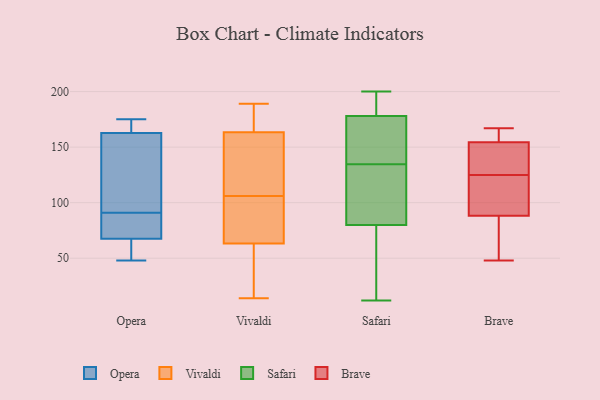
{"axis": {"x": "Operating Costs (USD K)", "y": "Value"}, "legend": ["Brave", "Opera", "Safari", "Vivaldi"], "data": [{"x": "", "y": 91, "type": "Opera"}, {"x": "", "y": 86, "type": "Opera"}, {"x": "", "y": 116, "type": "Opera"}, {"x": "", "y": 65, "type": "Opera"}, {"x": "", "y": 75, "type": "Opera"}, {"x": "", "y": 153, "type": "Opera"}, {"x": "", "y": 166, "type": "Opera"}, {"x": "", "y": 175, "type": "Opera"}, {"x": "", "y": 53, "type": "Opera"}, {"x": "", "y": 174, "type": "Opera"}, {"x": "", "y": 48, "type": "Opera"}, {"x": "", "y": 57, "type": "Vivaldi"}, {"x": "", "y": 81, "type": "Vivaldi"}, {"x": "", "y": 127, "type": "Vivaldi"}, {"x": "", "y": 164, "type": "Vivaldi"}, {"x": "", "y": 141, "type": "Vivaldi"}, {"x": "", "y": 106, "type": "Vivaldi"}, {"x": "", "y": 181, "type": "Vivaldi"}, {"x": "", "y": 160, "type": "Vivaldi"}, {"x": "", "y": 170, "type": "Vivaldi"}, {"x": "", "y": 70, "type": "Vivaldi"}, {"x": "", "y": 47, "type": "Vivaldi"}, {"x": "", "y": 48, "type": "Vivaldi"}, {"x": "", "y": 189, "type": "Vivaldi"}, {"x": "", "y": 166, "type": "Vivaldi"}, {"x": "", "y": 14, "type": "Vivaldi"}, {"x": "", "y": 162, "type": "Vivaldi"}, {"x": "", "y": 75, "type": "Vivaldi"}, {"x": "", "y": 72, "type": "Vivaldi"}, {"x": "", "y": 61, "type": "Vivaldi"}, {"x": "", "y": 178, "type": "Safari"}, {"x": "", "y": 156, "type": "Safari"}, {"x": "", "y": 40, "type": "Safari"}, {"x": "", "y": 184, "type": "Safari"}, {"x": "", "y": 176, "type": "Safari"}, {"x": "", "y": 98, "type": "Safari"}, {"x": "", "y": 80, "type": "Safari"}, {"x": "", "y": 113, "type": "Safari"}, {"x": "", "y": 200, "type": "Safari"}, {"x": "", "y": 87, "type": "Safari"}, {"x": "", "y": 24, "type": "Safari"}, {"x": "", "y": 169, "type": "Safari"}, {"x": "", "y": 12, "type": "Safari"}, {"x": "", "y": 192, "type": "Safari"}, {"x": "", "y": 48, "type": "Brave"}, {"x": "", "y": 89, "type": "Brave"}, {"x": "", "y": 94, "type": "Brave"}, {"x": "", "y": 162, "type": "Brave"}, {"x": "", "y": 125, "type": "Brave"}, {"x": "", "y": 72, "type": "Brave"}, {"x": "", "y": 153, "type": "Brave"}, {"x": "", "y": 167, "type": "Brave"}, {"x": "", "y": 152, "type": "Brave"}, {"x": "", "y": 86, "type": "Brave"}, {"x": "", "y": 159, "type": "Brave"}, {"x": "", "y": 106, "type": "Brave"}, {"x": "", "y": 133, "type": "Brave"}]}